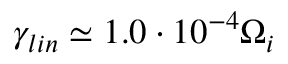
\gamma _ { l i n } \simeq 1 . 0 \cdot 1 0 ^ { - 4 } \Omega _ { i }